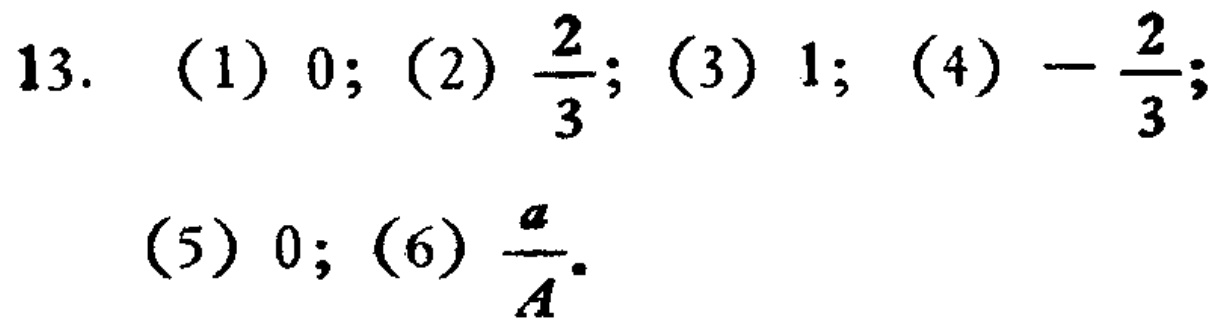
13. (1) \(0\); (2) \(\frac{2}{3}\); (3) \(1\); (4) \(-\frac{2}{3}\); (5) \(0\); (6) \(\frac{a}{A}\).